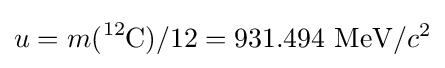
u=m({\ce {^12C}})/12=\mathrm {931.494~MeV} /c^{2}